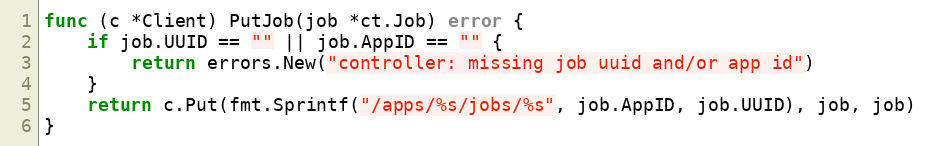
Language: Go
func (c *Client) PutJob(job *ct.Job) error {
	if job.UUID == "" || job.AppID == "" {
		return errors.New("controller: missing job uuid and/or app id")
	}
	return c.Put(fmt.Sprintf("/apps/%s/jobs/%s", job.AppID, job.UUID), job, job)
}